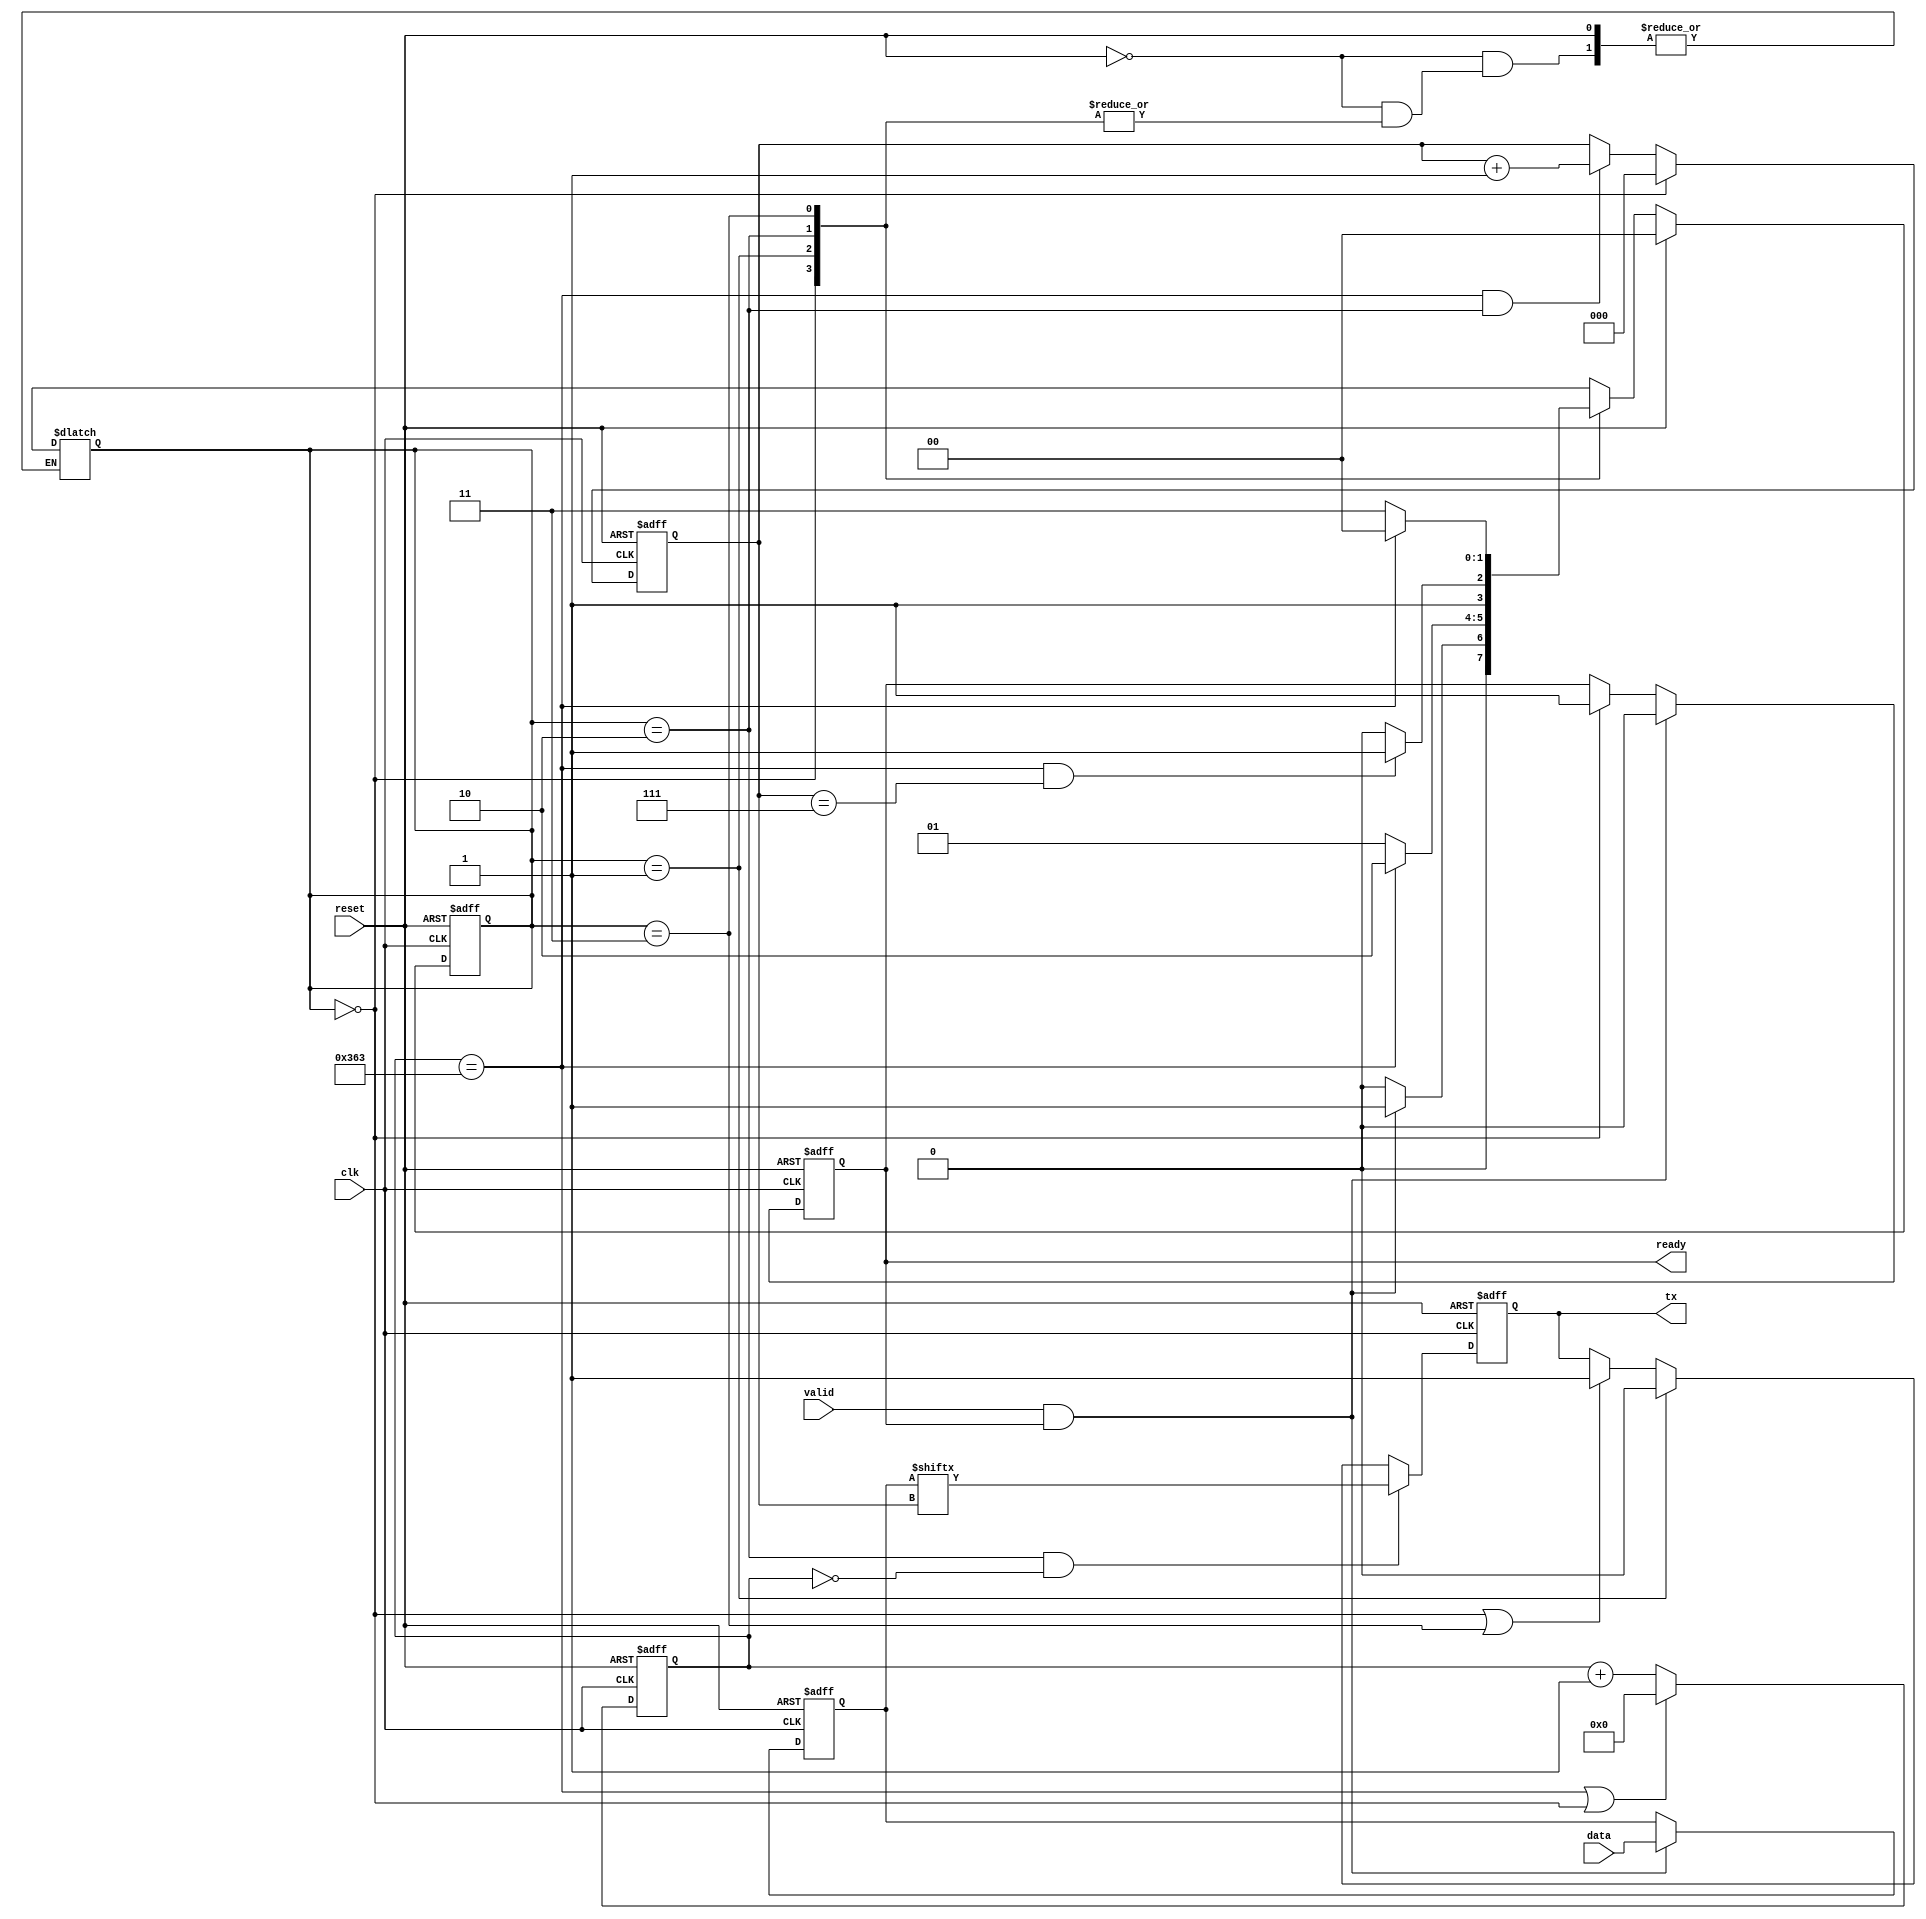
module uart_tx
#(
    parameter BAUDRATE = 115200,
    parameter CLKRATE = 100_000_000
)
(
    input           clk ,
    input           reset,
    input           valid,
    input   [7:0]   data,
    output  reg     ready,
    output  reg     tx
    );

//**********definitions**********************//
parameter BAUD_MAX = CLKRATE/BAUDRATE - 1; // the maximum of baud_count

reg [9:0] baud_cnt;

reg [1:0] st_cr,st_nx; //state machine
parameter   IDLE  = 2'd0,
             START = 2'd1,
             TRS   = 2'd2,
             STOP  = 2'd3;
reg [7:0] data_r;
reg [2:0] data_cnt;

//********behavior of state machine******//
always@(posedge clk or posedge reset) begin
    if(reset)
        st_cr <= IDLE;
    else
        st_cr <= st_nx;
end

always@(*) begin
    if(reset)
        st_nx = IDLE;
    else begin
        case(st_cr)
            IDLE:
                if(ready & valid)
                    st_nx = START;
                else
                    st_nx = IDLE;
            START:
                if(baud_cnt == BAUD_MAX)
                    st_nx = TRS;
                else
                   st_nx = START;
            TRS:
                if(baud_cnt == BAUD_MAX && data_cnt == 3'd7)
                    st_nx = STOP;
                else
                    st_nx = TRS;
            STOP:
                if(baud_cnt == BAUD_MAX)
                    st_nx = IDLE;
                 else
                    st_nx = STOP;
            default:
                st_cr = IDLE;
        endcase
    end
end

//*********behavior of ready*******//
always@(posedge clk or posedge reset) begin
    if(reset)
        ready <= 1'b1;
    else if(valid & ready)
        ready <= 1'b0;
    else if(st_cr == IDLE)
        ready <= 1'b1;
end

//********bahavior of baud_cnt******//
always@(posedge clk or posedge reset) begin
    if(reset)
        baud_cnt  <= 10'b0;
    else if(baud_cnt == BAUD_MAX || st_cr == IDLE)
        baud_cnt <= 10'b0;
    else
        baud_cnt <= baud_cnt + 1'b1;
end


//********bahavior of data_cnt*****//
always@(posedge clk or posedge reset) begin
    if(reset)
        data_cnt <= 3'b0;
    else if(st_cr == IDLE)
        data_cnt <= 3'b0;
    else if(baud_cnt == BAUD_MAX && st_cr == TRS)
        data_cnt <= data_cnt + 1'b1;
end

//********behavior of tx**********//
always@(posedge clk or posedge reset) begin
    if(reset) begin
        tx <= 1'b1;
    end
    else if(st_cr == TRS && baud_cnt == 10'd0) begin
        tx <= data_r[data_cnt];
    end
    else if(st_cr == START) begin
        tx <= 1'b0;
    end
    else if(st_cr == IDLE || st_cr == STOP) begin
        tx <= 1'b1;
    end
end
//********behavior of data_r******//
always @(posedge clk or posedge reset) begin
    if (reset) begin
        data_r <= 8'b0;

    end
    else if (valid & ready) begin
        data_r <= data;
    end
end





endmodule